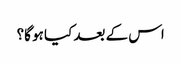
اس کے بعد کیا ہو گا؟